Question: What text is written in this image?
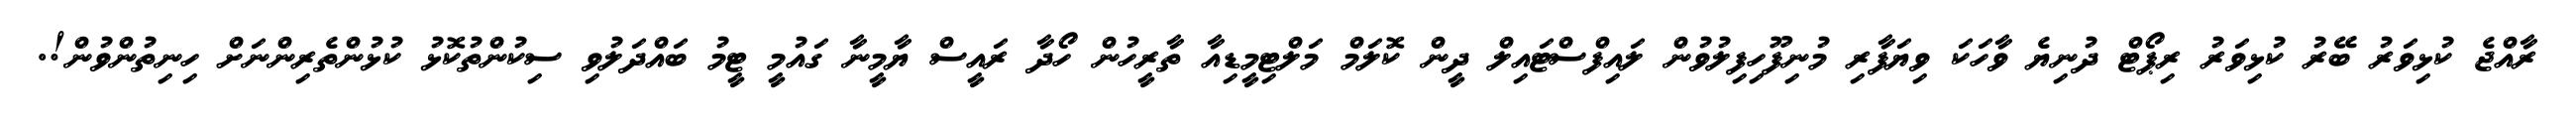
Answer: ރާއްޖެ ކުޅިވަރު ބޭރު ކުޅިވަރު ރިޕޯޓް ދުނިޔެ ވާހަކަ ވިޔަފާރި މުނިފޫހިފިލުވުން ލައިފްސްޓައިލް ދީން ކޮލަމް މަލްޓިމީޑިއާ ތާރީހުން ހޯދާ ރައީސް ޔާމީނާ ގައުމީ ޓީމު ބައްދަލުވި ސިކުންތުކޮޅު ކުޅުންތެރިންނަށް ހިނިތުންވުން!.